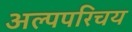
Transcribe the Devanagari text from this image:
अल्पपरिचय